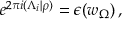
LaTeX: e ^ { 2 \pi i ( \Lambda _ { i } | \rho ) } = \epsilon ( w _ { \Omega } ) \, ,